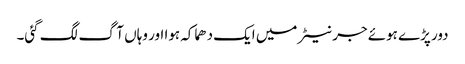
دور پڑے ہوئے جرنیٹر میں ایک دھماکہ ہوا اور وہاں آگ لگ گئی۔